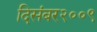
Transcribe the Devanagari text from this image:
दिसंबर२००९